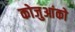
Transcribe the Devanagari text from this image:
कोजुआंको